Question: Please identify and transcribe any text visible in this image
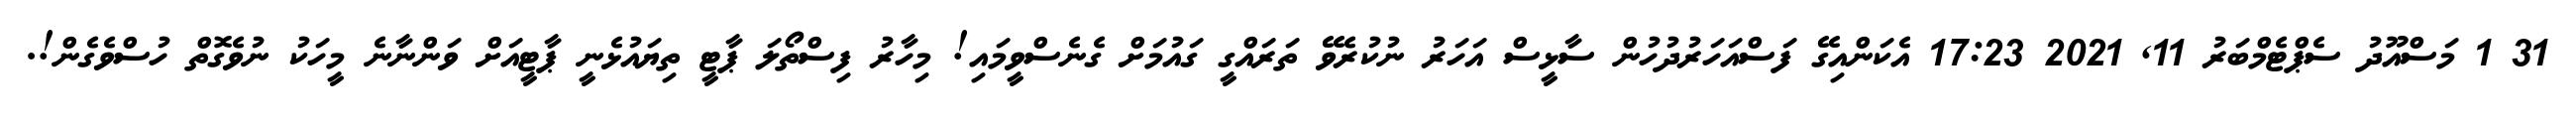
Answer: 31 1 މަސްއޫދު ސެޕްޓެމްބަރު 11, 2021 17:23 އެކަންއިގޭ ފަސްއަހަރުދުހުން ސާޅީސް އަހަރު ނުކުރެވޭ ތަރައްގީ ގައުމަށް ގެނެސްވީމައި! މިހާރު ފިސްތޯލަ ޕާޓީ ތިޔައުޅެނީ ޕާޓީއަށް ވަންނާނެ މީހަކު ނުވެގޮތް ހުސްވެގެން!.